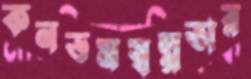
কনডমস্বল্পতার